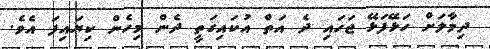
ދިމާލަށް ހަޅޭފަޅޭ ޖަހައި ދެ އަތް އުކައިގަތީ ދެން މިހެން ކިޔައިފަ އެވެ.